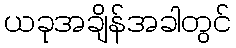
ယခုအချိန်အခါတွင်